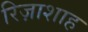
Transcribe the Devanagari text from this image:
रिज़ाशाह